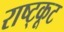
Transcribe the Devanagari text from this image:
राष्ट्कूट